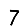
Digit: 7